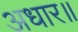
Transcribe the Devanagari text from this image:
अधार॥